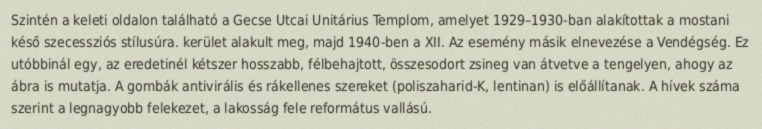
Szintén a keleti oldalon található a Gecse Utcai Unitárius Templom, amelyet 1929–1930-ban alakítottak a mostani késő szecessziós stílusúra. kerület alakult meg, majd 1940-ben a XII. Az esemény másik elnevezése a Vendégség. Ez utóbbinál egy, az eredetinél kétszer hosszabb, félbehajtott, összesodort zsineg van átvetve a tengelyen, ahogy az ábra is mutatja. A gombák antivirális és rákellenes szereket (poliszaharid-K, lentinan) is előállítanak. A hívek száma szerint a legnagyobb felekezet, a lakosság fele református vallású.